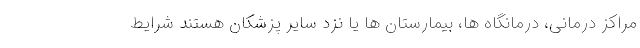
مراکز درمانی، درمانگاه ها، بیمارستان ها یا نزد سایر پزشکان هستند شرايط